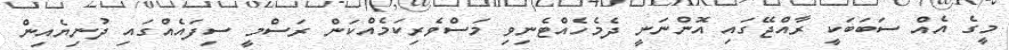
މީގެ އެއް ސަބަބަކީ ރާއްޖޭގައި އޮންނަނީ ދެމެހެއްޓެނިވި މަސްވެރިކަމެއްކަން ރަސްމީ ސިފައެއްގައި ދުނިޔެއިން